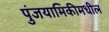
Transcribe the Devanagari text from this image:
पुंजयामिकीमधील